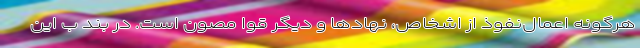
هرگونه اعمال‌نفوذ از اشخاص، نهادها و دیگر قوا مصون است. در بند ب این